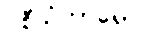
ဝစီသံဟာရော